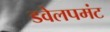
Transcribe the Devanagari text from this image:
डवेलपमंट